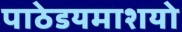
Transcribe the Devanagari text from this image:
पाठेडयमाशयो